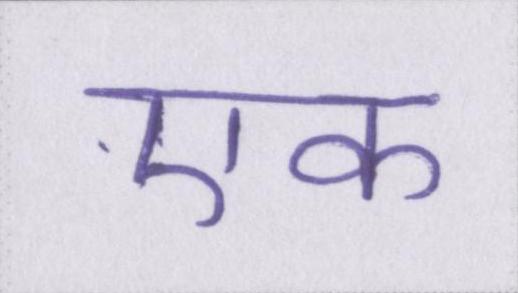
एक